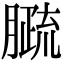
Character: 𦠦